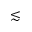
\lesssim